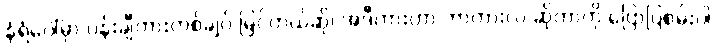
နံရံပေါ်မှာ ပန်းချီကားတစ်ချပ် မြင်တယ်ဆို၊ အဲဒီကားဟာ ဘာကားလဲ ဆိုတာကို ပြောပြစမ်းပါ